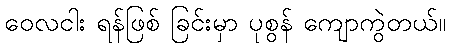
ဝေလငါး ရန်ဖြစ် ခြင်းမှာ ပုစွန် ကျောကွဲတယ်။